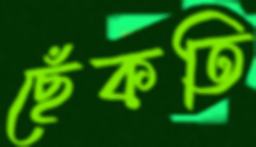
ছেঁকতি